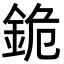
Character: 䤥